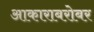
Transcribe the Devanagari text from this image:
आकाराबरोबर